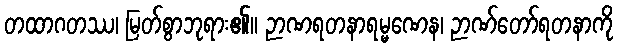
တထာဂတဿ၊ မြတ်စွာဘုရား၏။ ဉာဏရတနာရမ္မဏေန၊ ဉာဏ်တော်ရတနာကို